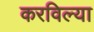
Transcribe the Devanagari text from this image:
करविल्या